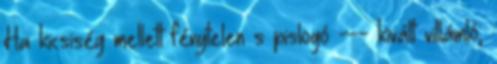
Ha kicsiség mellett fénytelen s pislogó --- kivált villámló,